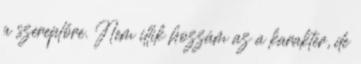
a szereplőre. Nem illik hozzám az a karakter, de